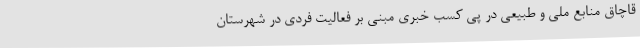
قاچاق منابع ملی و طبیعی در پی کسب خبری مبنی بر فعالیت فردی در شهرستان